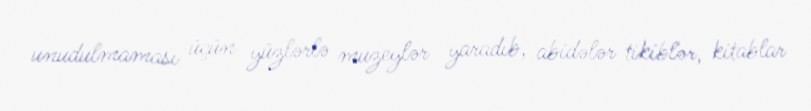
unudulmaması üçün yüzlərlə muzeylər yaradıb, abidələr tikiblər, kitablar